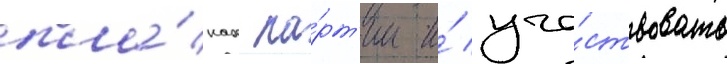
пла́нах па́рт'ии и́ уча́ствовать